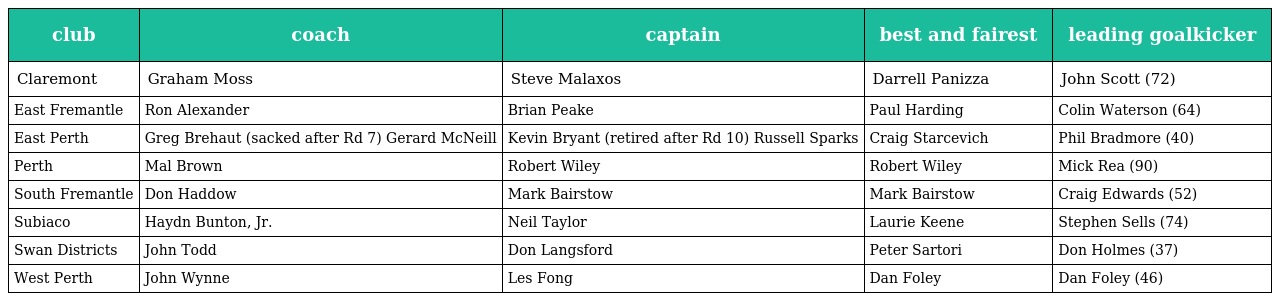
| club | coach | captain | best and fairest | leading goalkicker |
 | --- | --- | --- | --- | --- |
 | Claremont | Graham Moss | Steve Malaxos | Darrell Panizza | John Scott (72) |
 | East Fremantle | Ron Alexander | Brian Peake | Paul Harding | Colin Waterson (64) |
 | East Perth | Greg Brehaut (sacked after Rd 7) Gerard McNeill | Kevin Bryant (retired after Rd 10) Russell Sparks | Craig Starcevich | Phil Bradmore (40) |
 | Perth | Mal Brown | Robert Wiley | Robert Wiley | Mick Rea (90) |
 | South Fremantle | Don Haddow | Mark Bairstow | Mark Bairstow | Craig Edwards (52) |
 | Subiaco | Haydn Bunton, Jr. | Neil Taylor | Laurie Keene | Stephen Sells (74) |
 | Swan Districts | John Todd | Don Langsford | Peter Sartori | Don Holmes (37) |
 | West Perth | John Wynne | Les Fong | Dan Foley | Dan Foley (46) |